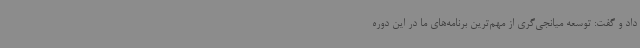
داد و گفت:‌ توسعه میانجی‌گری از مهم‌ترین برنامه‌های ما در این دوره